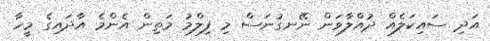
އަދި ސައިކަލެއް ދުއްލާވަން ނޭނގުނަސް މި ފިލްމު މަތިން އެންމެ އާދައިގެ މީހާ